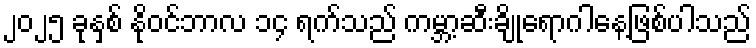
၂၀၂၅ ခုနှစ် နိုဝင်ဘာလ ၁၄ ရက်သည် ကမ္ဘာ့ဆီးချိုရောဂါနေ့ဖြစ်ပါသည်